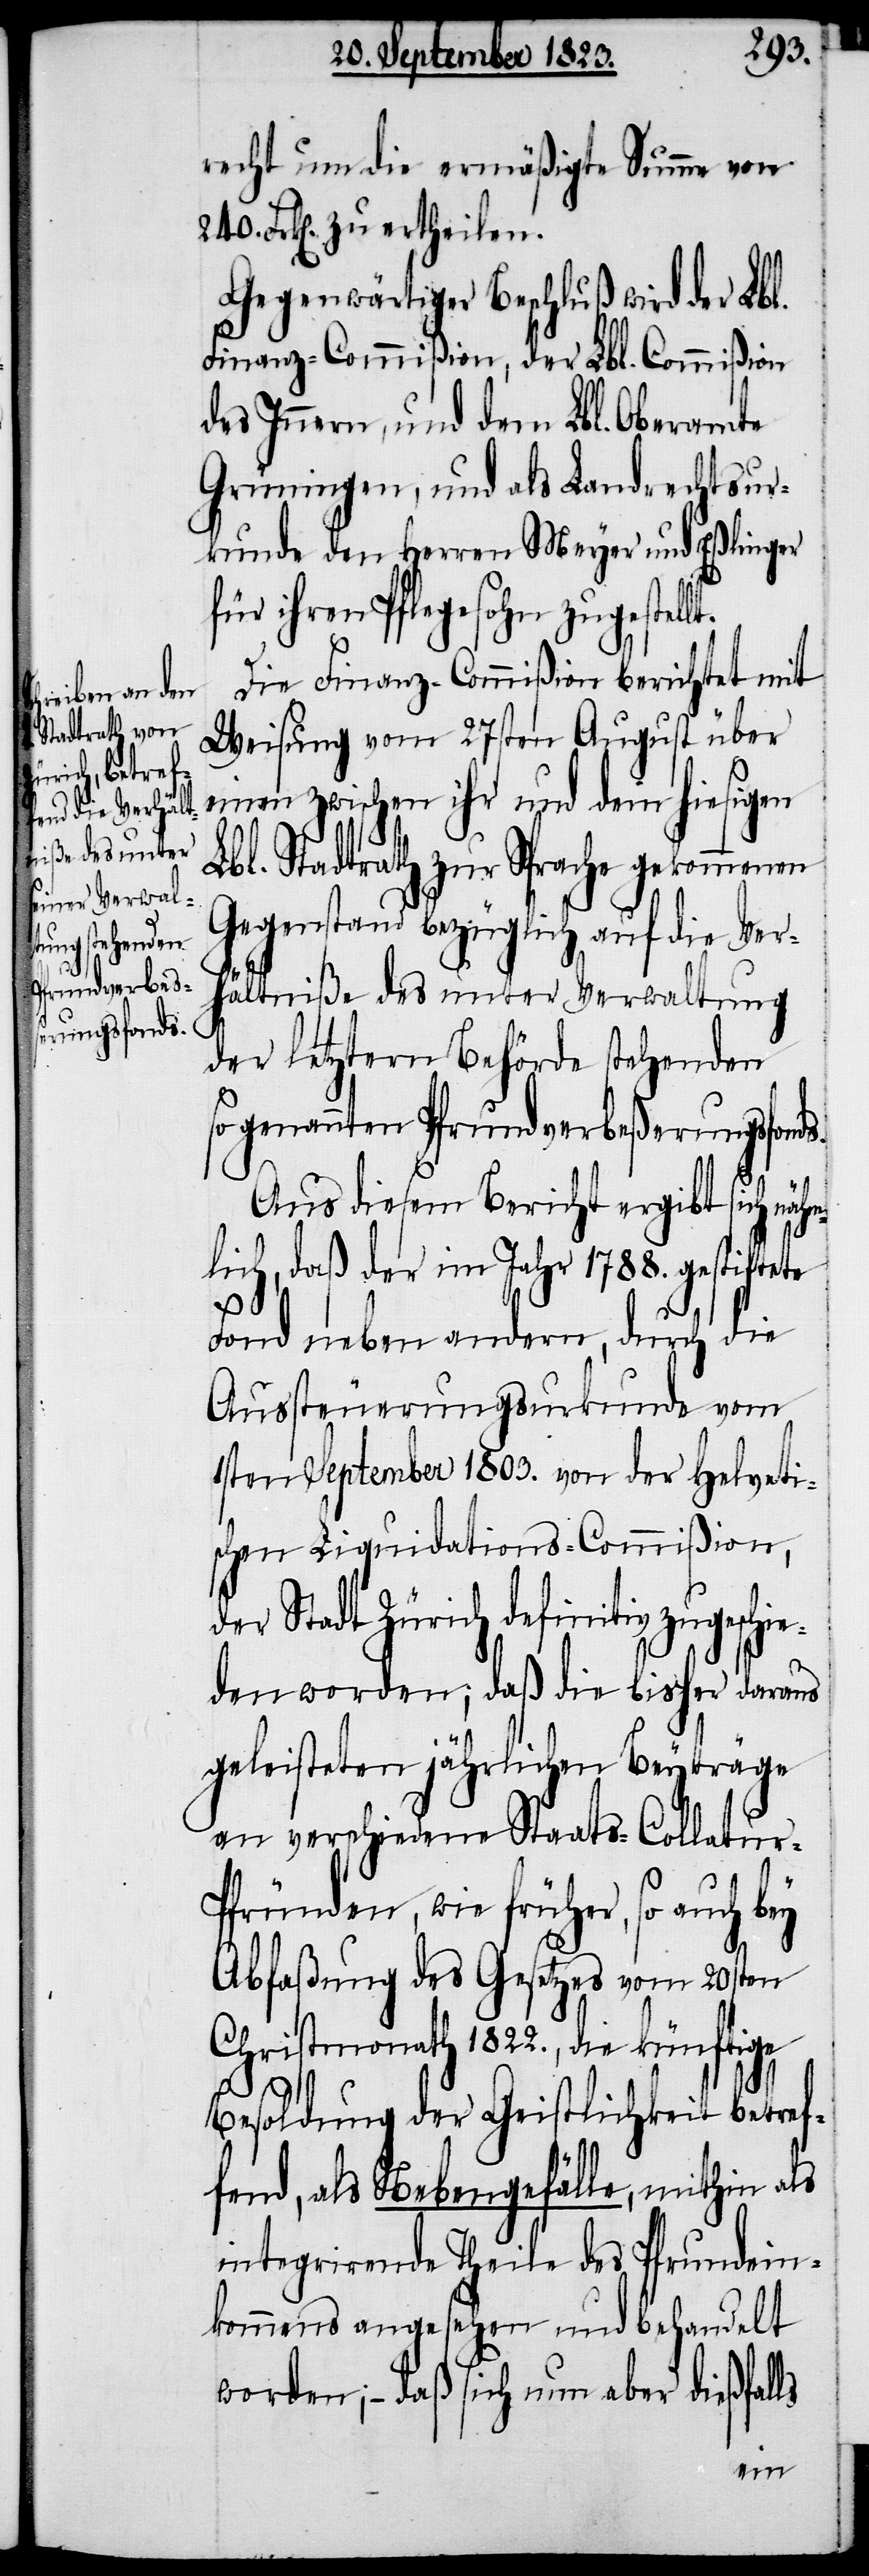
240.
recht um die ermäßigte Summe von
Frk[en]. zu ertheilen.
Gegenwärtiger Beschluß wird der Lbl.
Finanz-Commißion, der Lbl. Commißion
des Innern, und dem Lbl. Oberamte
Grüningen, und als Landrechtsur¬
kunde den Herren Meyer und Eßlinger
für ihren Pflegesohn zugestell¬
Die Finanz-Commißion berichtet mit
Weisung vom 27sten August über
einen zwischen ihr und dem hiesigen
Lbl. Stadtrath zur Sprache gekommenen
Gegenstand bezüglich auf die Ver¬
hältniße des unter Verwaltung
der letztern Behörde stehenden
sogenannten Pfrundverbeßerungsfonds.
Aus diesem Bericht ergibt sich näh¬
mlich, daß der im Jahr 1788. gestiftete
ie¬
Fond neben andern, durch die
Aussteuerungsurkunde vom
1sten September 1803. von der Helveti¬
schen Liquidations-Commißion,
der Stadt Zürich definitiv zugesch¬
den worden; daß die bisher daraus
geleisteten jährlichen Beyträge
an verschiedene Staats-Collatur-P¬
fründen, wie früher, so auch bey
Abfaßung des Gesetzes vom 20sten
Christmonath 1822., die künftige
Besoldung der Geistlichkeit betref¬
fend, als Nebengefälle, mithin als
integrirende Theile des Pfrundein¬
kommens angesehen und behandelt
worden; − daß sich nun aber dießfalls